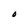
Character: O